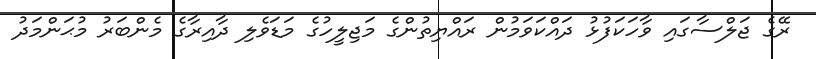
ރޭގެ ޖަލްސާގައި ވާހަކަފުޅު ދައްކަވަމުން ރައްޔިތުންގެ މަޖިލީހުގެ މަޑަވެލި ދާއިރާގެ މެންބަރު މުޙަންމަދު